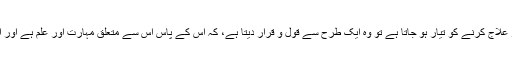
جب کوئی آدمی طبی صلاح دینے اَور علاج کرنے کو تیار ہو جاتا ہے تو وہ ایک طرح سے قول و قرار دیتا ہے، کہ اُس کے پاس اس سے متعلق مہارت اَور علم ہے اَور اِس میں احتیاط برتنا اُس کا فرض ہے۔